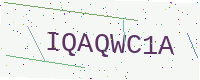
Text: IQAQWC1A